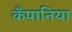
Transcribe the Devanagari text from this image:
कँपानिया